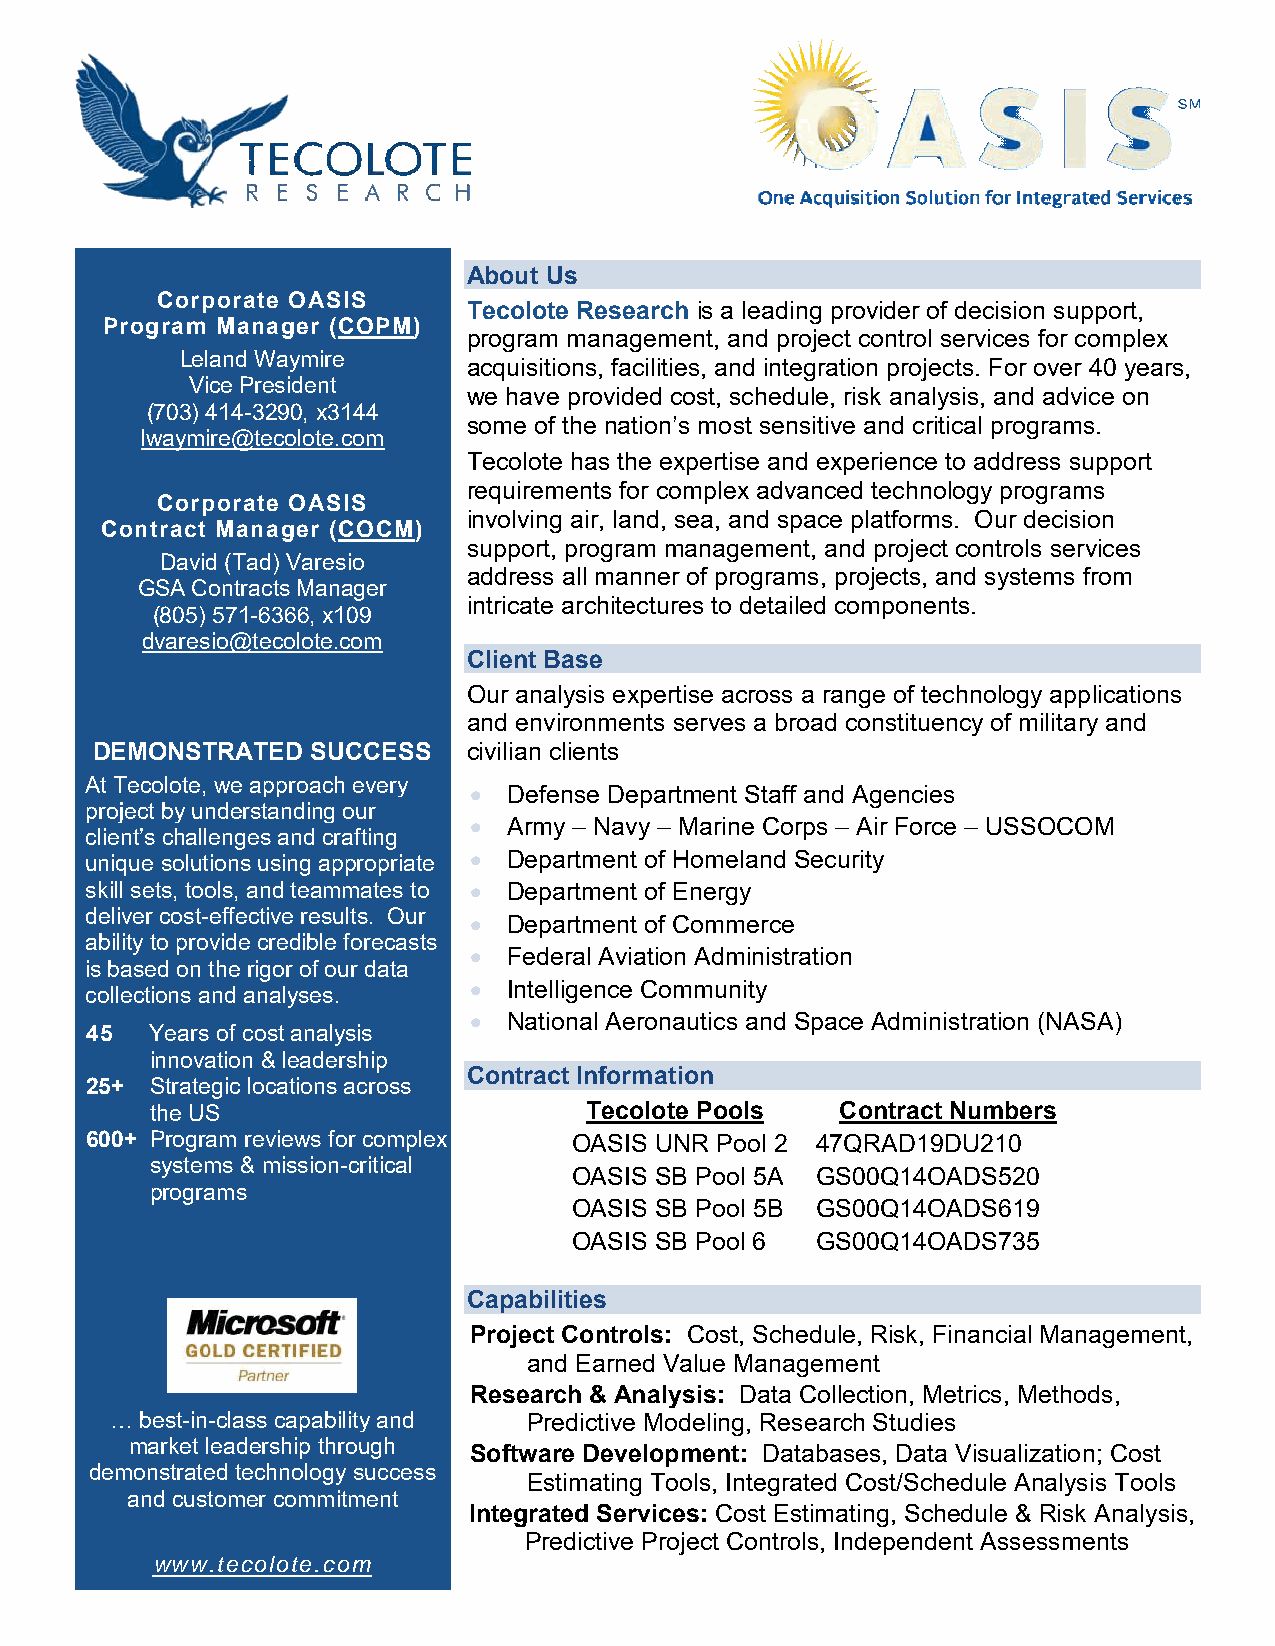
About Us
 Corporate OASIS
 Tecolote Research is a leading provider of decision support,
 Program Manager (COPM)
 program management, and project control services for complex
 Leland Waymire
 acquisitions, facilities, and integration projects. For over 40 years,
 Vice President
 we have provided cost, schedule, risk analysis, and advice on
 (703) 414-3290, x3144
 some of the nation’s most sensitive and critical programs.
 lwaymire@tecolote.com
 Tecolote has the expertise and experience to address support
 requirements for complex advanced technology programs
 Corporate OASIS
 involving air, land, sea, and space platforms. Our decision
 Contract Manager (COCM)
 support, program management, and project controls services
 David (Tad) Varesio
 address all manner of programs, projects, and systems from
 GSA Contracts Manager
 intricate architectures to detailed components.
 (805) 571-6366, x109
 dvaresio@tecolote.com
 Client Base
 Our analysis expertise across a range of technology applications
 and environments serves a broad constituency of military and
 DEMONSTRATED   SUCCESS   civilian clients
 At Tecolote, we approach every
 •  Defense Department Staff and Agencies
 project by understanding our
 •  Army – Navy – Marine Corps – Air Force – USSOCOM
 client’s challenges and crafting
 unique solutions using appropriate • Department of Homeland Security
 skill sets, tools, and teammates to • Department of Energy
 deliver cost-effective results. Our • Department of Commerce
 ability to provide credible forecasts
 •  Federal Aviation Administration
 is based on the rigor of our data
 •  Intelligence Community
 collections and analyses.
 •  National Aeronautics and Space Administration (NASA)
 45  Years of cost analysis
 innovation & leadership
 Contract Information
 25+ Strategic locations across
 the US                       Tecolote Pools   Contract Numbers
 600+ Program reviews for complex OASIS UNR Pool 2 47QRAD19DU210
 systems & mission-critical
 OASIS SB Pool 5A GS00Q14OADS520
 programs
 OASIS SB Pool 5B GS00Q14OADS619
 OASIS SB Pool 6 GS00Q14OADS735
 Capabilities
 Project Controls: Cost, Schedule, Risk, Financial Management,
 and Earned Value Management
 Research & Analysis: Data Collection, Metrics, Methods,
 … best-in-class capability and Predictive Modeling, Research Studies
 market leadership through
 Software Development: Databases, Data Visualization; Cost
 demonstrated technology success
 Estimating Tools, Integrated Cost/Schedule Analysis Tools
 and customer commitment
 Integrated Services: Cost Estimating, Schedule & Risk Analysis,
 Predictive Project Controls, Independent Assessments
 www.tecolote.com